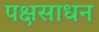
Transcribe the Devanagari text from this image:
पक्षसाधन